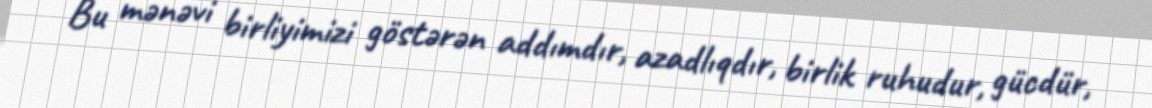
Bu mənəvi birliyimizi göstərən addımdır, azadlıqdır, birlik ruhudur, gücdür,